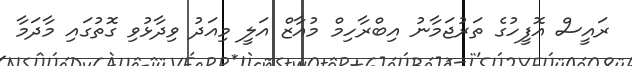
ރައީސް އޮފީހުގެ ތަރުޖަމާނު އިބްރާހިމް މުއާޒް އަލީ މިއަދު ވިދާޅުވި ގޮތުގައި މާދަމާ